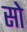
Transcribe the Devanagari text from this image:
सोे